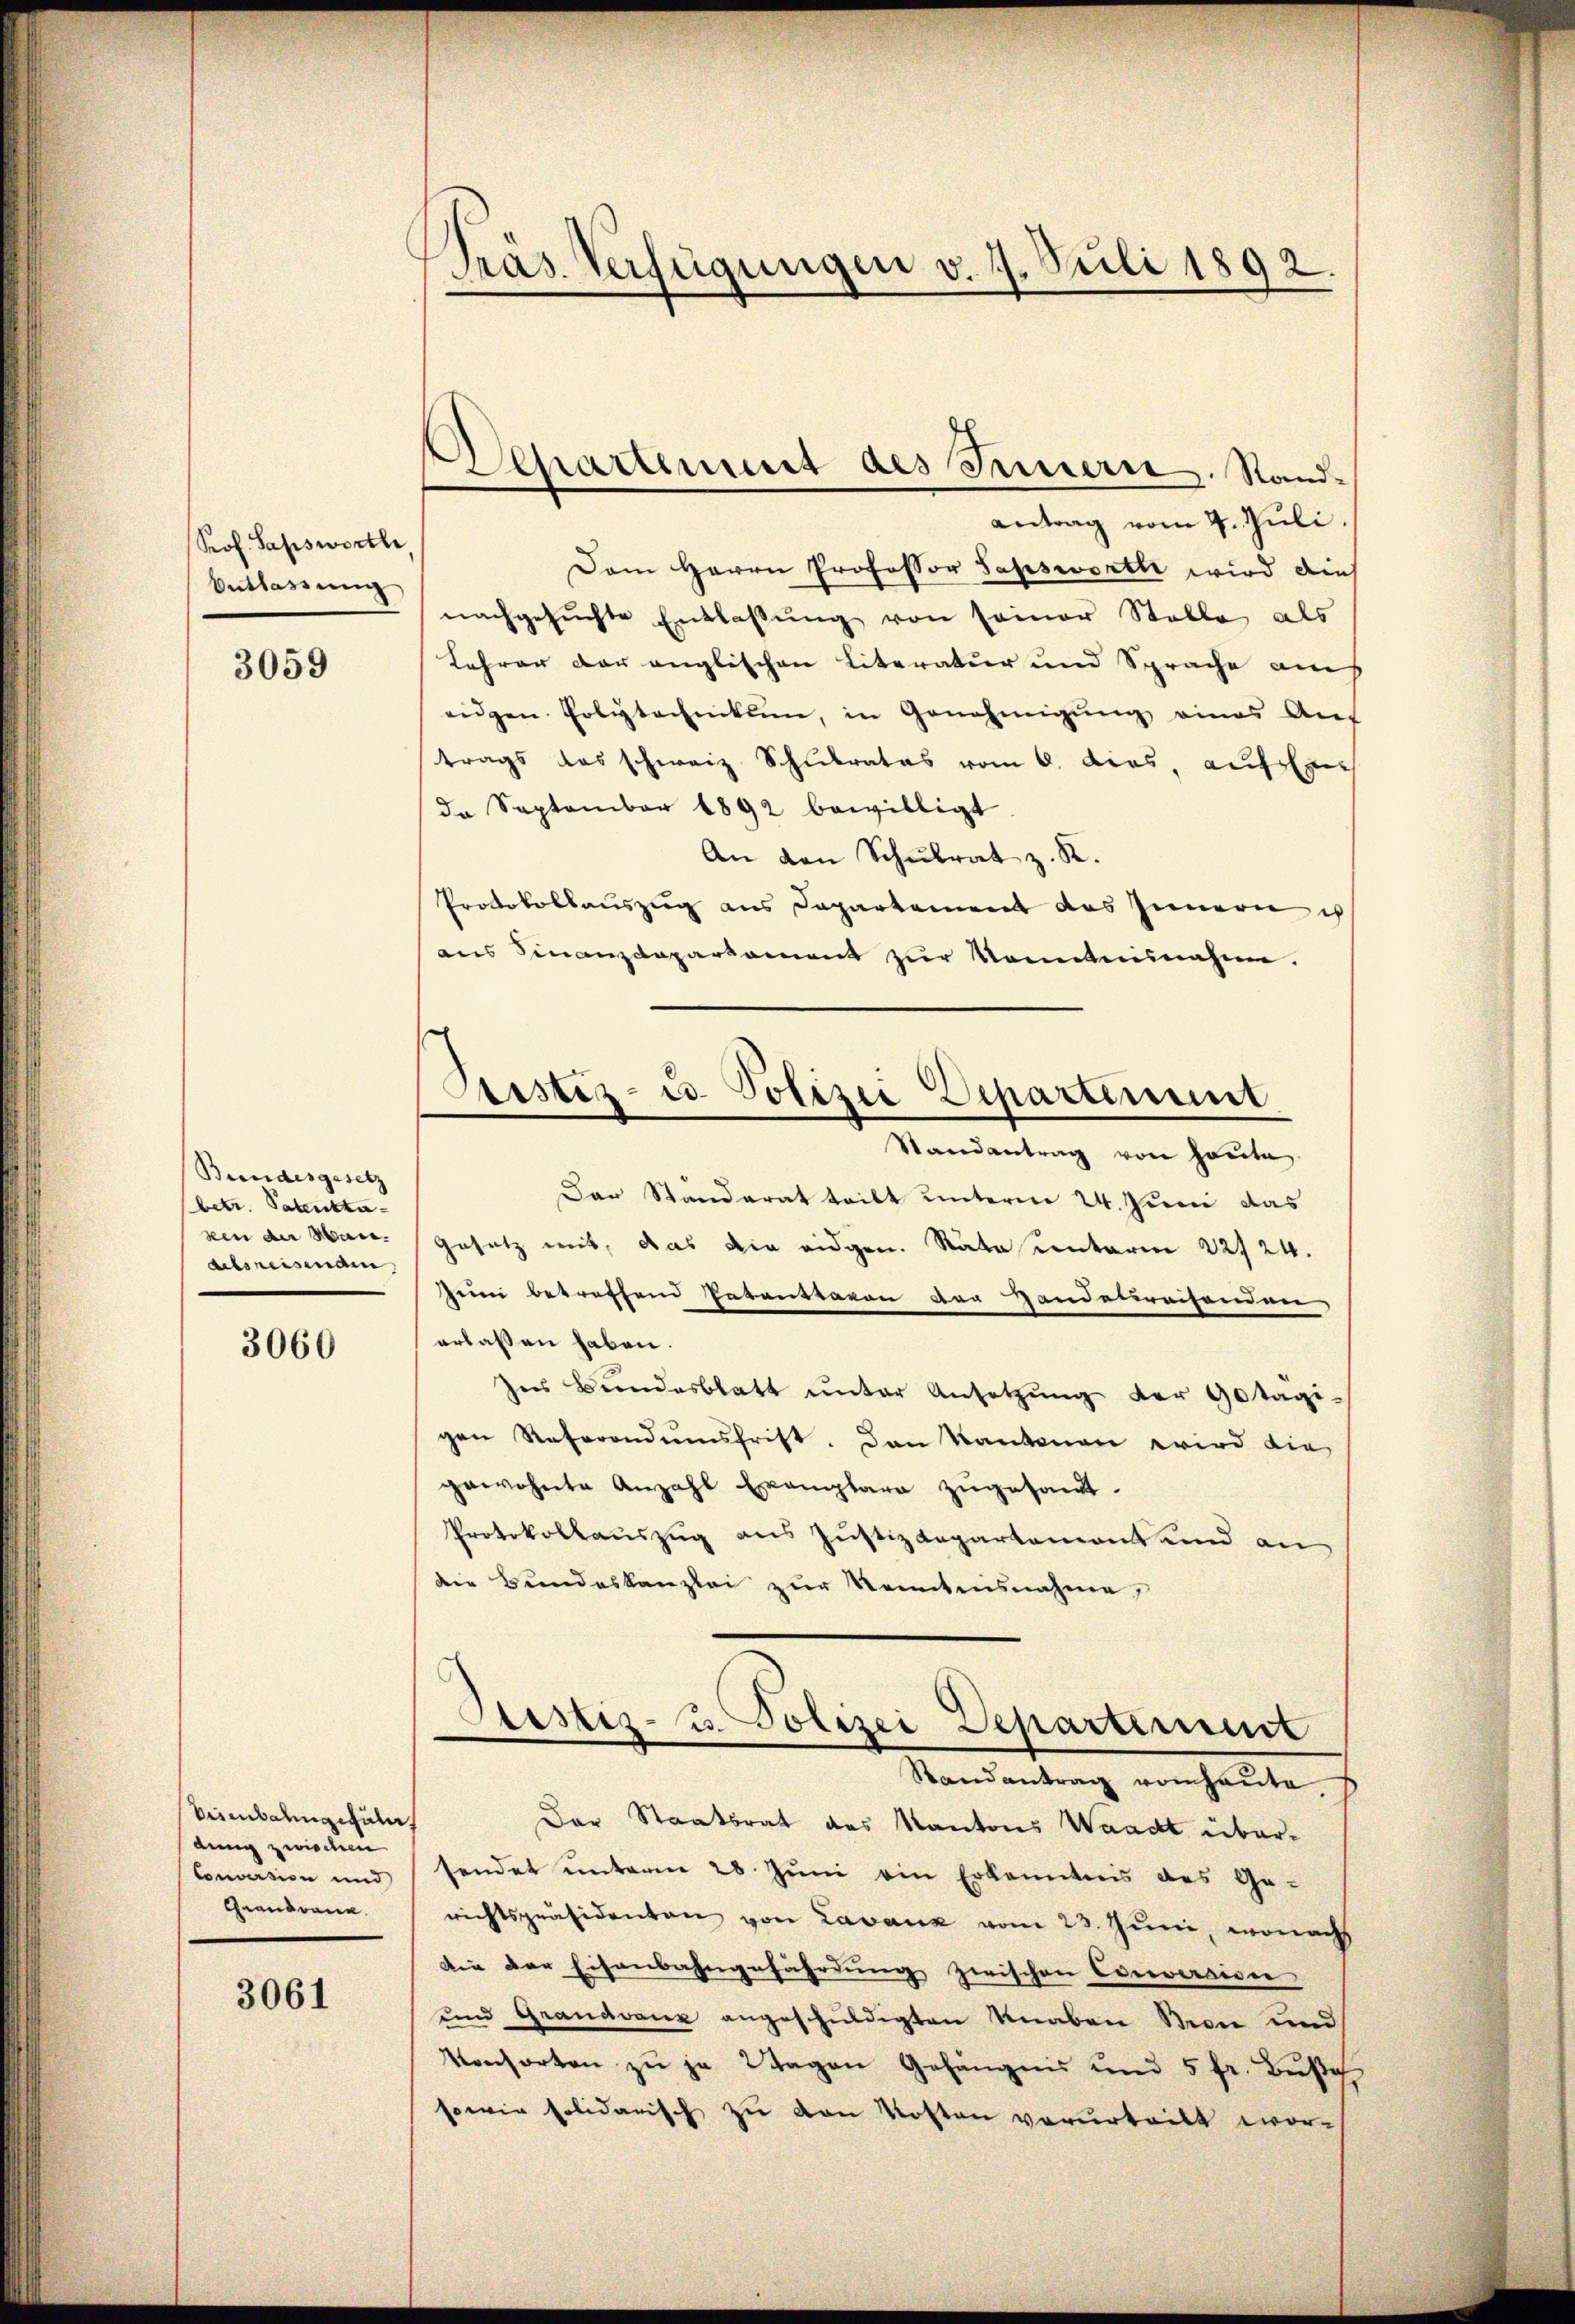
Prof. Sapswortl
Entlassung

3059

Bundesgesetz
(betr. Patentka- |
zen der San.
delsreisenden

3060

Anbahngesäle,
dung zwischen
Conversion und
Grandwann.

3061

Pras. Verfügungen v. J. Juli 1892.

Departement des Innern. Stand¬

antrag vom 4. Juli
Dem Herrn Professor Sapswortli wird dies
nachgesuchte Entlaßung von seiner Stelle als
Lehrer der englischen Literatur und Sprache am
eigen Polytechnikum, in Genehmigŭng eines An-
trags das schweiz. Schulrates vom 6. ds. auf
de September 1892 bewilligt
An den Schŭlrat z. R.
Protokollauszug aus Departement des Innern ich
ans Finanzdepartament zŭr Kenntnisnahme.
Randantrag von heute
Dar Standerat teilt unterne 24. Juni das
Gesetz mit, das die eidgen. Rata unterm 22/24.
eim betreffend Patenttavon der Handelsreisenden,
erlassen haben.
Ins Bŭndesblatt ŭnter Ansetzŭng der Gotägi-
gen Referandumsfrist. Dan Kantonen wird die
gewohnte Anzahl Exemplare zugesandt.
Protokollauszug aus Justizdepartement und an
die Bundeskanzlei zur Kenntnisnahme,
Sistiz- u. Polizei Departement
e
Randantrag vom heute
Der Staatsrat des Kantons Waadt übersendet unterm 28. Juni ein Erkenntnis des Ge-
richtspräsidenten von Lavanz vom 23. Juni, wonach
Die der Eisenbahngefährdung zwischen Conversion
und Grandvanz angeschuldigten Knaben Son und
Konsorten zŭ ja Wagen Gefängnis und 5 fr. Bŭβe
sowie solidarisch zu von Kosten verurteilt wor¬

Justiz- u. Polizei Departement